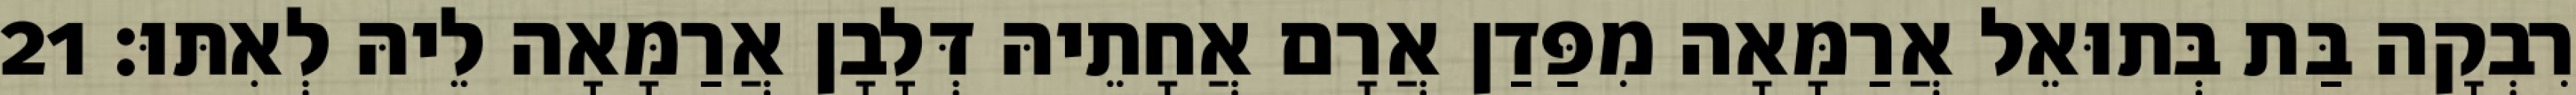
רִבְקָה בַּת בְּתוּאֵל אֲרַמָּאָה מִפַּדַן אֲרָם אֲחָתֵיהּ דְּלָבָן אֲרַמָּאָה לֵיהּ לְאִתּוּ׃ 21